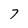
Character: 7